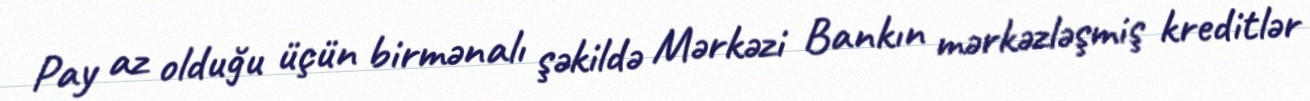
Pay az olduğu üçün birmənalı şəkildə Mərkəzi Bankın mərkəzləşmiş kreditlər